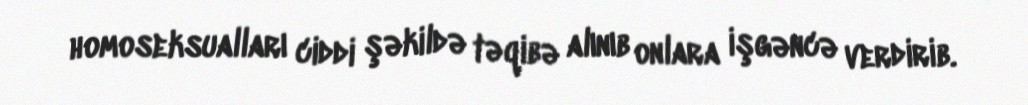
homoseksualları ciddi şəkildə təqibə alınıb onlara işgəncə verdirib.